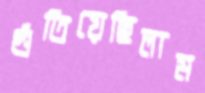
গুঁতিয়েছিলাম